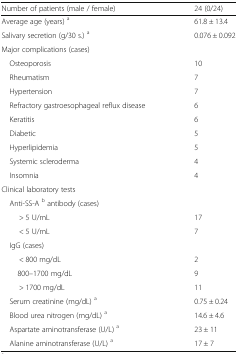
<table><thead><tr><td><b>Number of patients (male / female)</b></td><td><b>24 (0/24)</b></td></tr></thead><tbody><tr><td>Average age (years) <sup>a</sup></td><td>61.8 ± 13.4</td></tr><tr><td>Salivary secretion (g/30 s.) <sup>a</sup></td><td>0.076 ± 0.092</td></tr><tr><td colspan="2">Major complications (cases)</td></tr><tr><td> Osteoporosis</td><td>10</td></tr><tr><td> Rheumatism</td><td>7</td></tr><tr><td> Hypertension</td><td>7</td></tr><tr><td> Refractory gastroesophageal reflux disease</td><td>6</td></tr><tr><td> Keratitis</td><td>6</td></tr><tr><td> Diabetic</td><td>5</td></tr><tr><td> Hyperlipidemia</td><td>5</td></tr><tr><td> Systemic scleroderma</td><td>4</td></tr><tr><td> Insomnia</td><td>4</td></tr><tr><td colspan="2">Clinical laboratory tests</td></tr><tr><td> Anti-SS-A <sup>b</sup> antibody (cases)</td><td></td></tr><tr><td>&gt; 5 U/mL</td><td>17</td></tr><tr><td>&lt; 5 U/mL</td><td>7</td></tr><tr><td> IgG (cases)</td><td></td></tr><tr><td>&lt; 800 mg/dL</td><td>2</td></tr><tr><td>800–1700 mg/dL</td><td>9</td></tr><tr><td>&gt; 1700 mg/dL</td><td>11</td></tr><tr><td> Serum creatinine (mg/dL) <sup>a</sup></td><td>0.75 ± 0.24</td></tr><tr><td> Blood urea nitrogen (mg/dL) <sup>a</sup></td><td>14.6 ± 4.6</td></tr><tr><td> Aspartate aminotransferase (U/L) <sup>a</sup></td><td>23 ± 11</td></tr><tr><td> Alanine aminotransferase (U/L) <sup>a</sup></td><td>17 ± 7</td></tr></tbody></table>